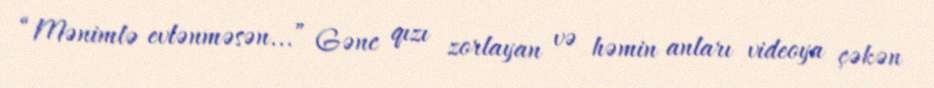
“Mənimlə evlənməsən...” Gənc qızı zorlayan və həmin anları videoya çəkən